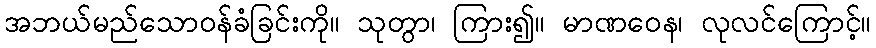
အဘယ်မည်သောဝန်ခံခြင်းကို။ သုတွာ၊ ကြား၍။ မာဏဝေန၊ လုလင်ကြောင့်။